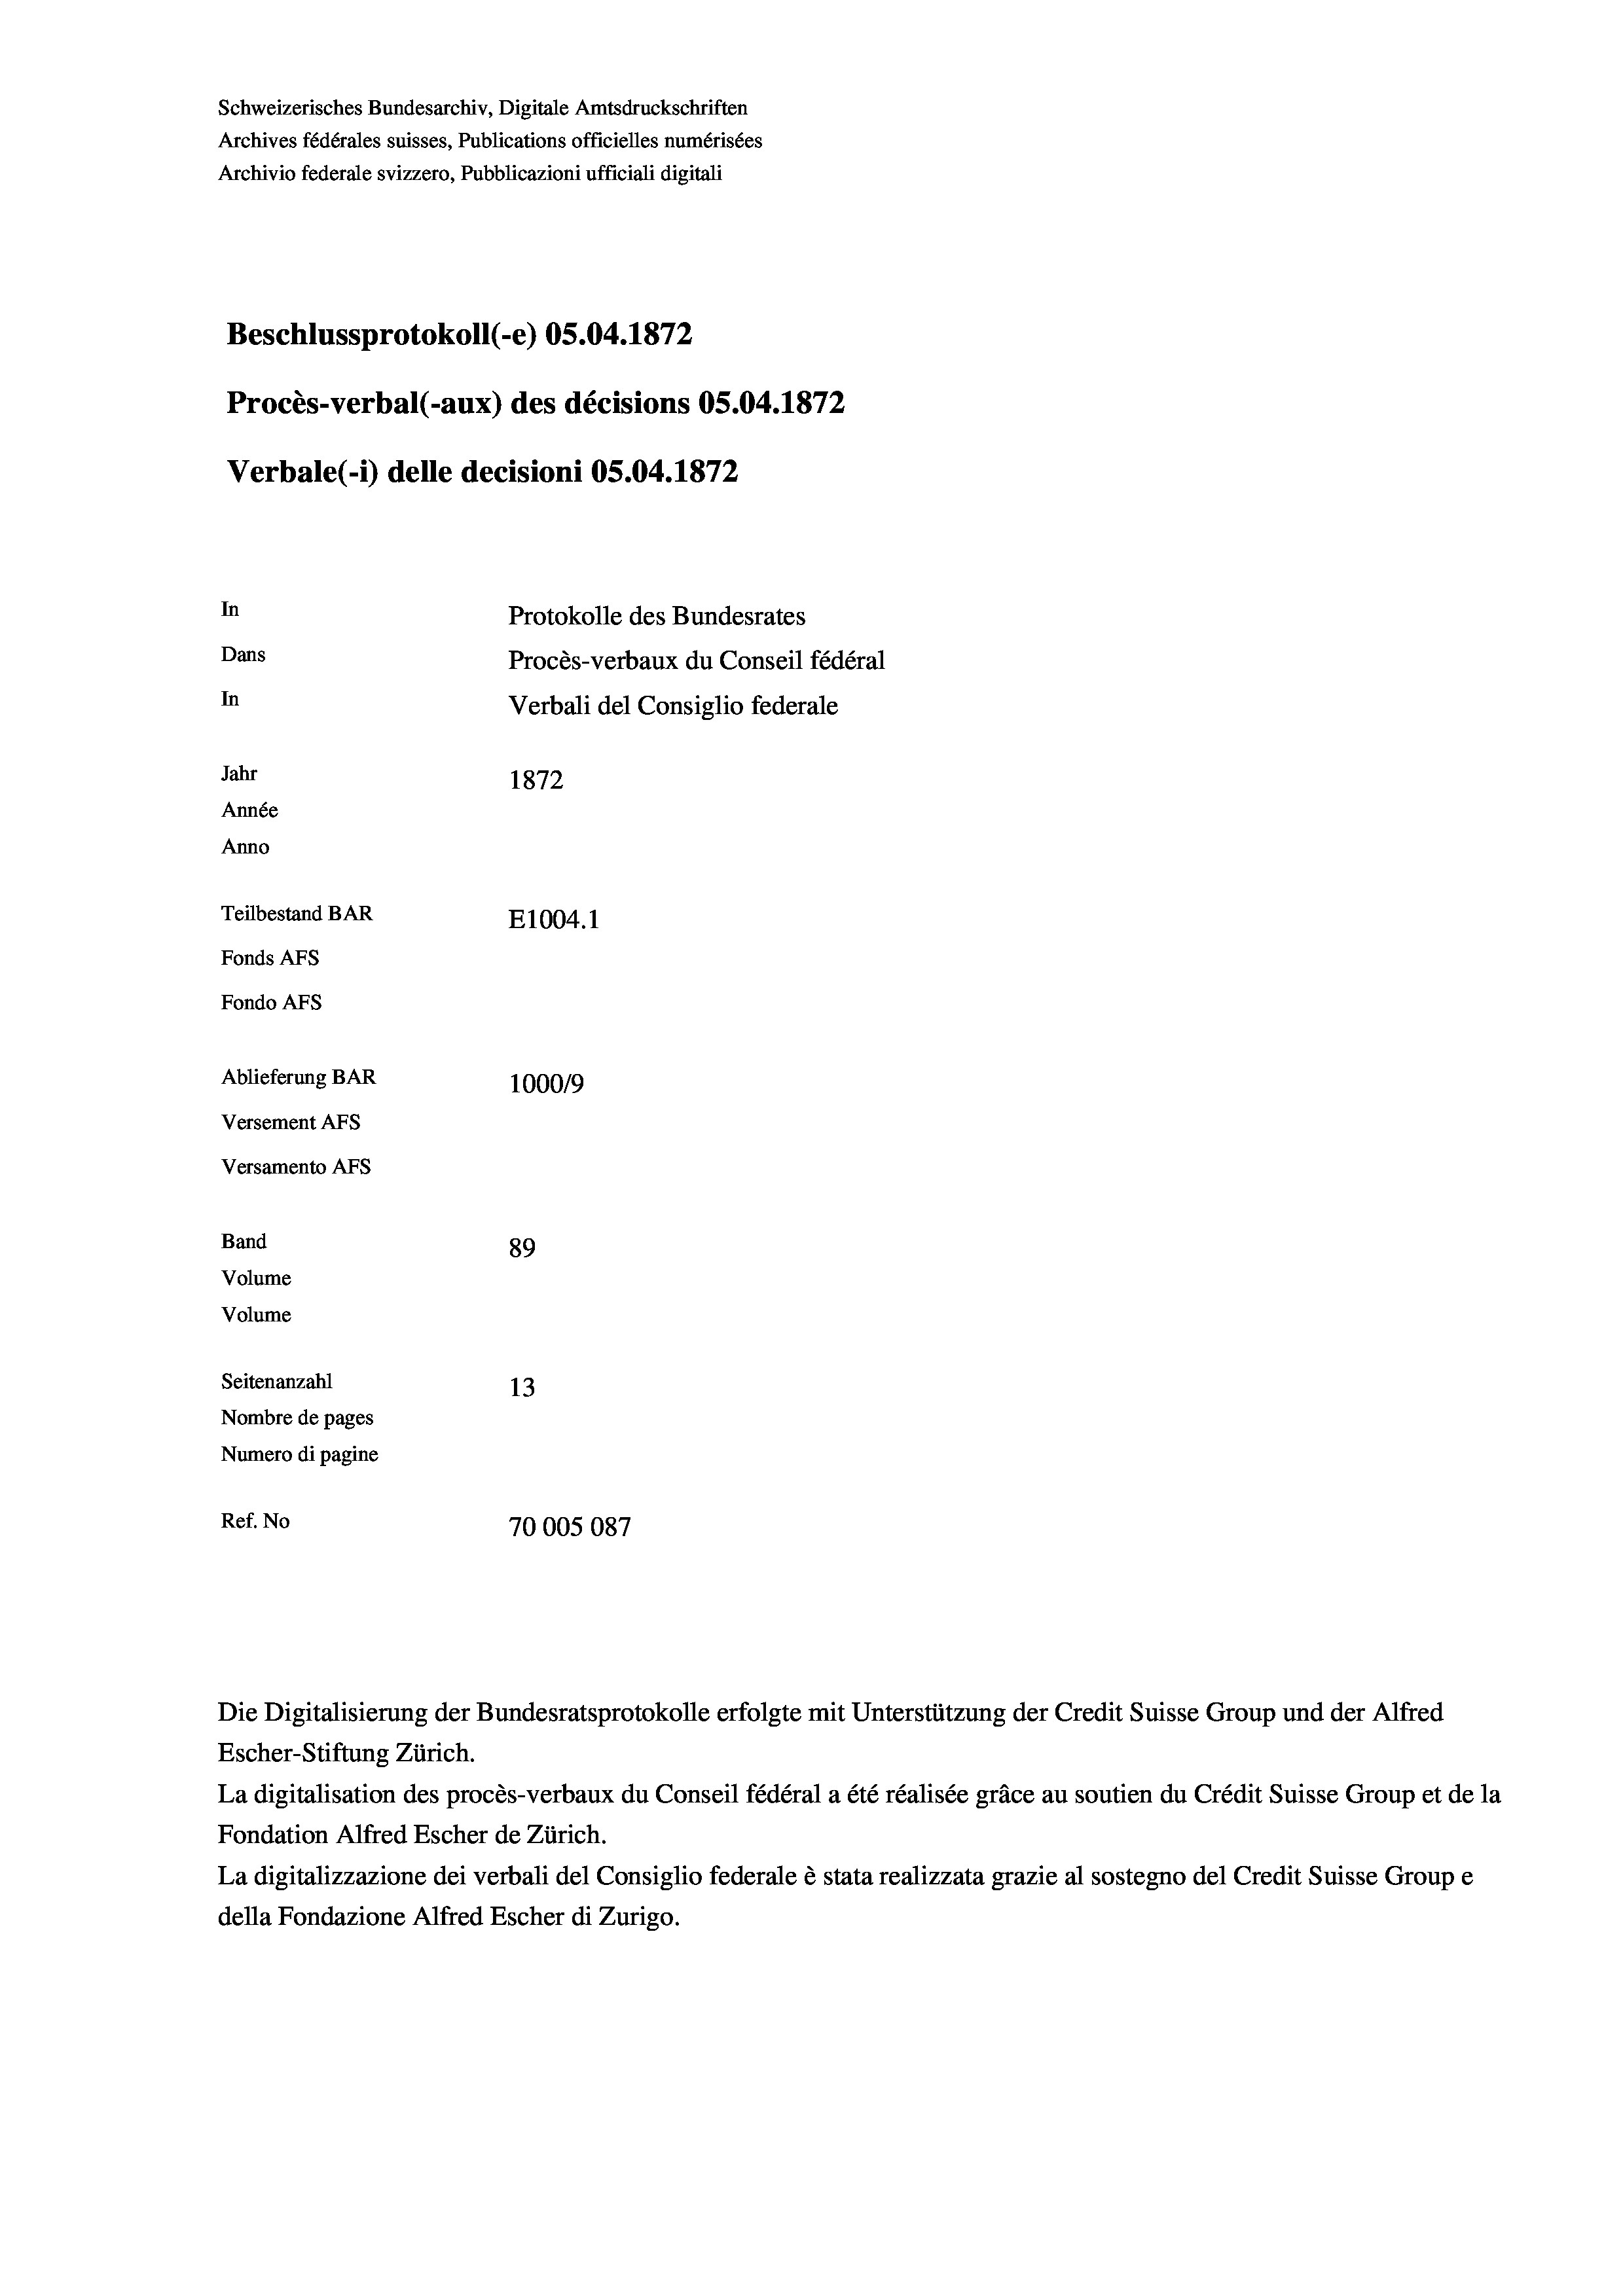
Schweizerisches Bundesarchiv, Digitale Amtsdruckschriften
Archives fédérales suisses, Publications officielles numérisées
Archivio federale svizzero, Pubblicazioni ufficiali digitali
Beschlussprotokoll (-e) OS.04. 1872
Procès-verbal (-aux) des décisions OS.04. 1872
Verbale (- 1) delle decisioni OS.04. 1872
In
Protokolle des Bundesrates
Dans
Procès-verbaux du Conseil fédéral
In
Verbali del Consiglio federale
Jahr
1872
Année
Anno
Teilbestand BAR
E1004. 1
Fonds AFs
Fondo AFs

Ablieferung BAR
Versement Abs
Versamento Afs
Band
Volume
Volume

89
Seitenanzahl
13
Nombre de pages
Numero di pagine
Ref. No
70005087

1000/9

Die Digitalisierung der Bundesratsprotokolle erfolgte mit Unterstützung der Credit Suisse Group und der Alfred
Escher-Stiftung Zürich.
La digitalisation des procès-verbaux du Conseil fédéral a été réalisée gräce au soutien du Crédit Suisse Group et de la
Fondation Alfred Escher de Zürich.
La digitalizzazione dei verbali del Consiglio federale è stata realizzata grazie al sostegno del Credit Suisse Groupe
della Fondazione Alfred Escher di Zurigo.